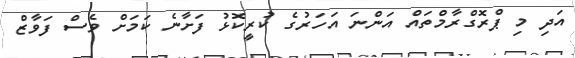
އަދި މި ޕްރޮގްރާމްތައް އަންނަ އަހަރުގެ ކުރީކޮޅު ފަށާނެ ކަމަށް ވެސް ފަވާޒް